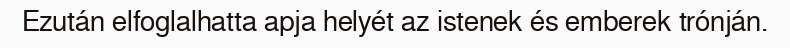
Ezután elfoglalhatta apja helyét az istenek és emberek trónján.